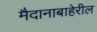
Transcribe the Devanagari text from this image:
मैदानाबाहेरील